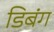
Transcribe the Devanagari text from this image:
डिबंग